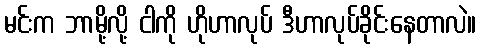
မင်းက ဘာမို့လို့ ငါကို ဟိုဟာလုပ် ဒီဟာလုပ်ခိုင်းနေတာလဲ။